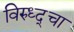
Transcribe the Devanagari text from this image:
विरुध्द्चा